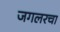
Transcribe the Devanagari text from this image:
जगलरचा